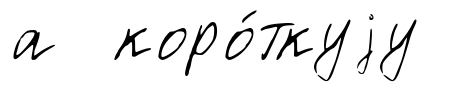
а коро́ткуjу